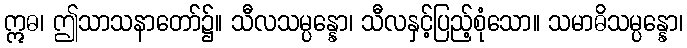
ဣဓ၊ ဤသာသနာတော်၌။ သီလသမ္ပန္နော၊ သီလနှင့်ပြည့်စုံသော။ သမာဓိသမ္ပန္နော၊